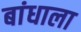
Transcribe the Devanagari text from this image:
बांधाला